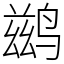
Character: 鹚